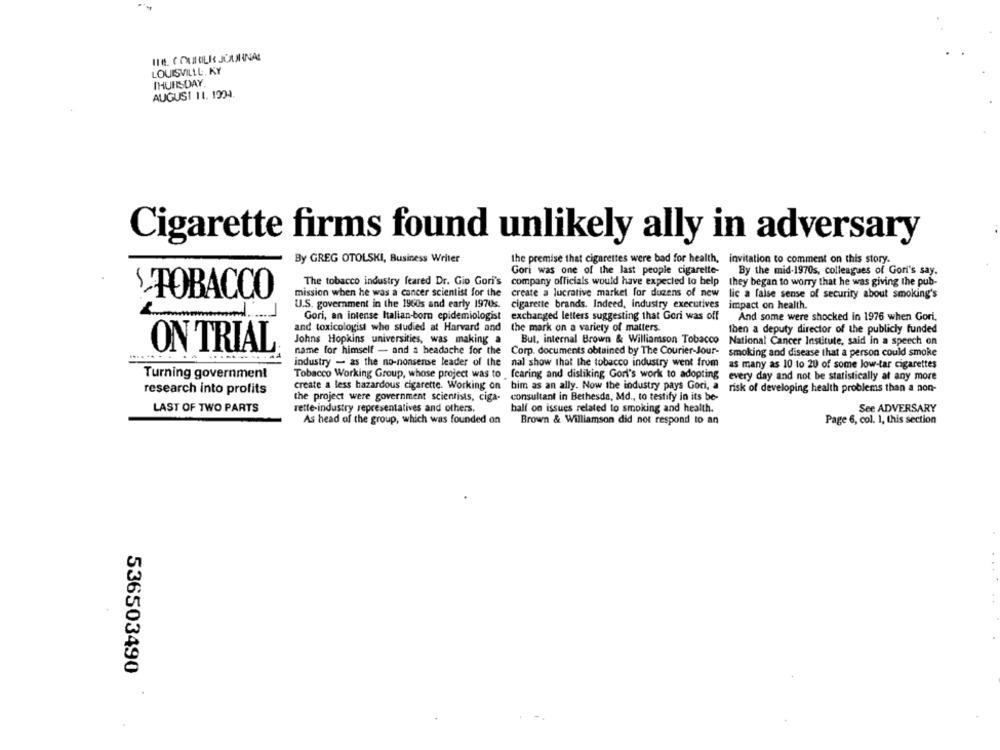
IN6. COURRIER JOURNAL
LOUISVILLE, KY
THURSDAY,
AUGUST 11. 1224.
Cigarette firms found unlikely ally in adversary
By GREG OTOLSKI, Business Writer
the premise that cigarettes were bad for health, invitation to comment on this story.
Gori was one of the last people cigarette-
By the mid-1970s, colleagues of Gori's say.
The tobacco industry feared Dr. Gio Gori's
company officials would have expected to help
they began to worry that he was giving the pub-
mission when he was a cancer scientist for the
create a lucrative market for dozens of new
TOBACCO
lic a false sense of security about smoking's
U.S. government in the 1960s and early 1970s.
cigarette brands. Indeed, industry executives
impact on health.
-
Gori, an intense Italian-born epidemiologist
exchanged letters suggesting that Gori was off
And some were shocked in 1976 when Gori.
and toxicologist whe studied at Harvard and
the mark on a variety of matters.
then a deputy director of the publicly funded
Johns Hopkins universities, was making a
But, internal Brown & Williamson Tobacco
National Cancer Institute, said in a speech on
ON TRIAL
name for himself - and a headache for the
Corp. documents obtained by The Courier-Jour-
smoking and disease that a person could smoke
industry - as the no-nonsense leader of the
nal show that the tobacco industry went from
as many as 10 to 20 of some low-tar cigarettes
Turning government
Tobacco Working Group, whose project was to fearing and disliking Gori's work to adopting
every day and not be statistically at any more
research into profits
create a less hazardous cigarette. Working on him as an ally. Now the industry pays Gori, a
risk of developing health problems than a non-
the project were government scientists, ciga-
consultant in Bethesda, Md ., to testify in its be-
LAST OF TWO PARTS
rette-industry representatives and others.
ball on issues related to smoking and health.
See ADVERSARY
As head of the group, which was founded on
Brown & Williamson did not respond to an
Page 6, col. 1, this section
536503490